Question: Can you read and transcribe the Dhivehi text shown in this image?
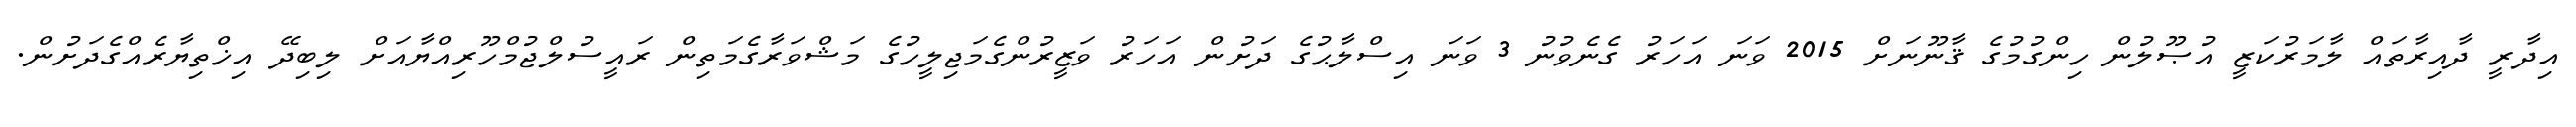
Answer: އިދާރީ ދާއިރާތައް ލާމަރުކަޒީ އުޞޫލުން ހިންގުމުގެ ޤާނޫނަށް 2015 ވަނަ އަހަރު ގެނެވުނު 3 ވަނަ އިސްލާޙުގެ ދަށުން އަހަރު ވަޒީރުންގެމަޖިލީހުގެ މަޝްވަރާގެމަތިން ރައީސުލްޖުމްހޫރިއްޔާއަށް ލިބިދޭ އިޚްތިޔާރެއްގެދަށުން.